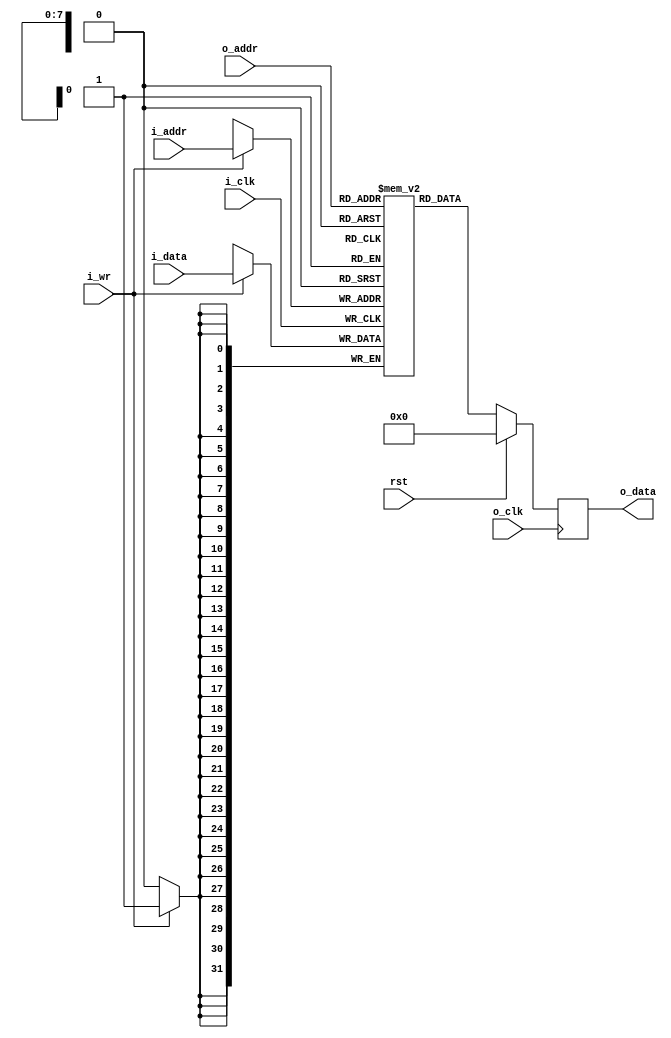
module bram_io #(
           parameter DATA_WIDTH = 32,
           parameter ADDR_WIDTH = 8
       ) (
           input wire                   rst,

           input  wire                  i_clk,
           input  wire                  i_wr,
           input  wire [ADDR_WIDTH-1:0] i_addr,
           input  wire [DATA_WIDTH-1:0] i_data,

           input  wire                  o_clk,
           input  wire [ADDR_WIDTH-1:0] o_addr,
           output reg  [DATA_WIDTH-1:0] o_data
       );

localparam DATA_DEPTH = 2**ADDR_WIDTH;
integer addr;
integer data;

reg [DATA_WIDTH-1:0] mem [DATA_DEPTH-1:0];

always @(posedge i_clk) begin
    if (i_wr) begin
        mem[i_addr] <= i_data;
        addr = i_addr;
        data = i_data;
    end
end

always @(posedge o_clk) begin
    if (rst) begin
        o_data <= 0;
    end
    else begin
        o_data  <= mem[o_addr];
    end
end
endmodule